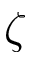
\zeta